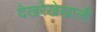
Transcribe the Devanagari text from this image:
देखरेखेखाली